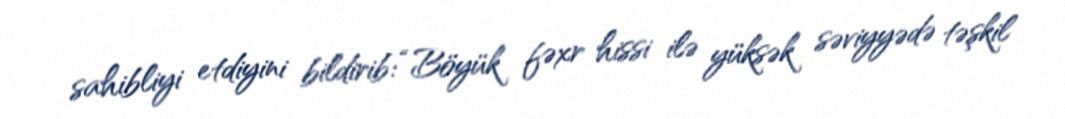
sahibliyi etdiyini bildirib: “Böyük fəxr hissi ilə yüksək səviyyədə təşkil